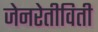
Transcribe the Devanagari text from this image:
जेनरेतीविती